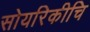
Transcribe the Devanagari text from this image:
सोयरिकीचि